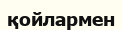
қойлармен